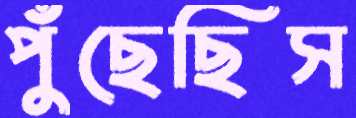
পুঁছেছিস